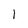
Character: 1